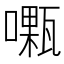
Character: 𠿜